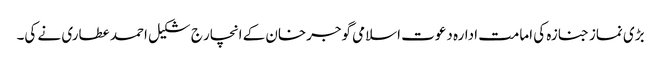
بڑی نماز جنازہ کی امامت ادارہ دعوت اسلامی گوجرخان کے انچار ج شکیل احمد عطاری نے کی۔